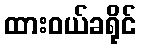
ထားဝယ်ခရိုင်